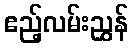
ဧည့်လမ်းညွှန်